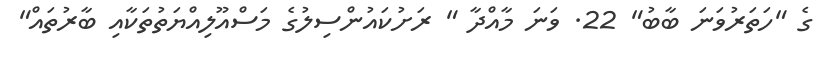
ގެ "ހަތަރުވަނަ ބާބު" 22. ވަނަ މާއްދާ " ރަށުކައުންސިލުގެ މަސްއޫލިއްޔަތުތަކާއި ބާރުތައް"